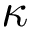
\boldsymbol { \kappa }